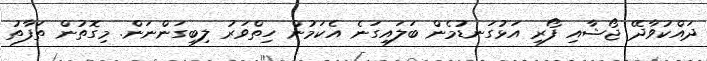
ދައްކުވާދޭ ޖޯޝާއި ފޯރި އަޅުގަނޑުމެން ބަލައިގަނެ އެކަމުން ހިތްވަރު ލިބިގަންނަން. މިގޮތުން ތަފާތު